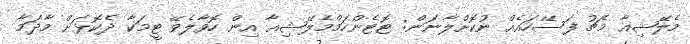
މެލޭޝިއާ މެޗު ފަސޭހައެއް ނުކޮށްލާނަން: ޓޮޓެންހަމްމެލޭޝިއާ އިން ހޮވާލެވޭ ޓީމަކާ ދެކޮޅަށް މާދަމާ